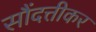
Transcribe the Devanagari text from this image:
सौंदत्तीकर